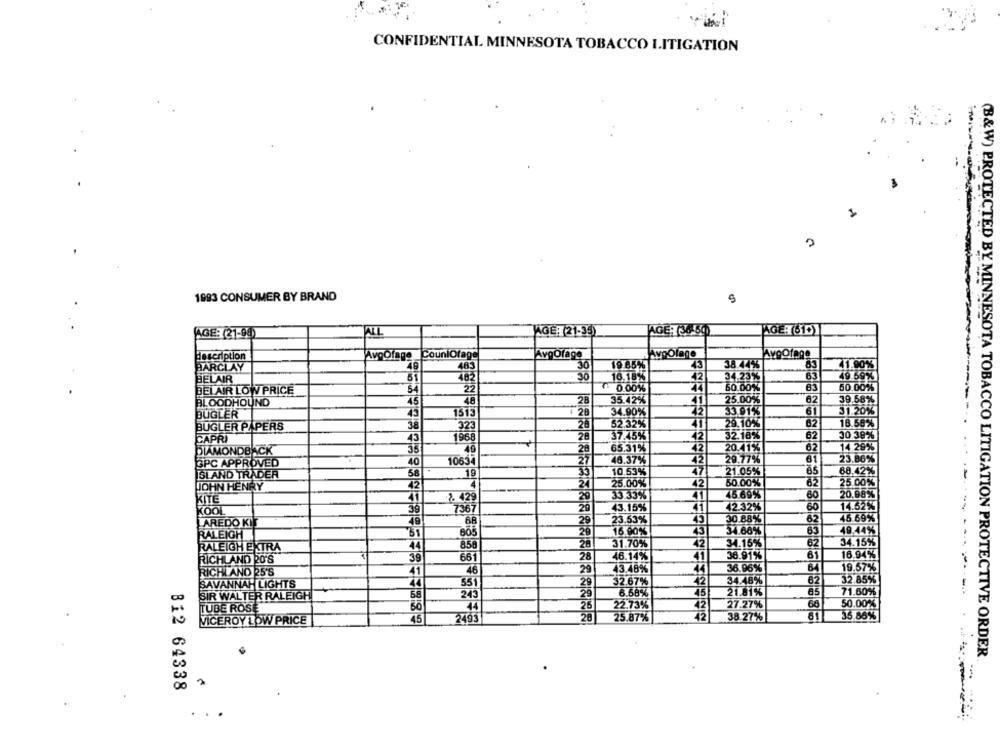
CONFIDENTIAL MINNESOTA TOBACCO LITIGATION
A
1993 CONSUMER BY BRAND
5
AGET(610)
AGE: (21-94)
JAGER 21-35)
AGET (36-64)
AvgOfage
description
AvgOfage CouniOfage
AvgOfage
AvpOlage
BARCLAY
48
483
30
19 85%
38.44%
83
41.90%
782
42
34.23%
BELAIR
51
30
16.18%
49.69%
BELAIR LOW PRICE
54
22
₹: 0.00%
50.00%
63
50.00%
25.00%
62
BLOODHOUND
45
28
35.42%
39.68%
---
45
1513
34.90%
33.91%
61
31.20%
BUGLER
BUGLER PAPERS
38
323
28
52.32%
29.10%
82
18.58%
28
37.45%
42
32.18%
62
30 39%
CAPRI
43
1968
DIAMONDBACK
35
40
28
65.31%
42
20.41%
62
14.29%
23.86%
GPC APPROVED
40
10634
27
46.37%
42
29.77%
61
BLAND TRADER
58
35
10.53%
47
21.05%
65
68.42%
19
JOHN HENRY
42
24
25.00%
42
50.00%
25.00%
20
33.33%
45.69%
60
20.98%
KITE
41
2. 429
KOOL
39
7367
20
43.15%
41
42.32%
60
14.62%
45
62
45.69%
---
AREDO KIE
49
68
29
23.53%
30.88%
51
805
29
16.90%
34.66%
63
49.44%
RALEIGH
62
RALEIGH EXTRA
44
856
31.70%
34.15%
34.15%
28
46.14%
36.91%
6
16.94%
RICHLAND 20'S
39
661
41
46
29
43.48%
44
36.96%
64
19.57%
RICHLAND 25'S
SAVANNAH LIGHTS
74
551
29
32.67%
42
34.48%
62
32.85%
29
6.68%
45
21.81%
71.60%
SIR WALTER RALEIGH
58
243
TUBE ROSE
44
26
42
27.27%
66
50.00%
42
VICEROY LOW PRICE
45
2493
28
25.87%
38.27%
35.88%
(B&W) PROTECTED BY MINNESOTA TOBACCO LITIGATION PROTECTIVE ORDER
812 64338